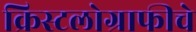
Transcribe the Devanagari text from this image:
क्रिस्टलोग्राफीचे